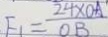
F _ { 1 } = \frac { 2 4 \times 0 A } { O B }